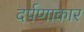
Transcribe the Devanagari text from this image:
दर्पणाकार